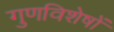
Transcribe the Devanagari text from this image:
गुणविशेषों